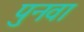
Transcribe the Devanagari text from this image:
पुनवा